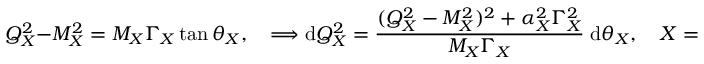
Q _ { X } ^ { 2 } - M _ { X } ^ { 2 } = M _ { X } \Gamma _ { X } \tan \theta _ { X } , \quad \Longrightarrow \mathrm { d } Q _ { X } ^ { 2 } = \frac { ( Q _ { X } ^ { 2 } - M _ { X } ^ { 2 } ) ^ { 2 } + \alpha _ { X } ^ { 2 } \Gamma _ { X } ^ { 2 } } { M _ { X } \Gamma _ { X } } \; \mathrm { d } \theta _ { X } , \quad X = B , C ,